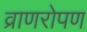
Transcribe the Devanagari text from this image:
व्राणरोपण